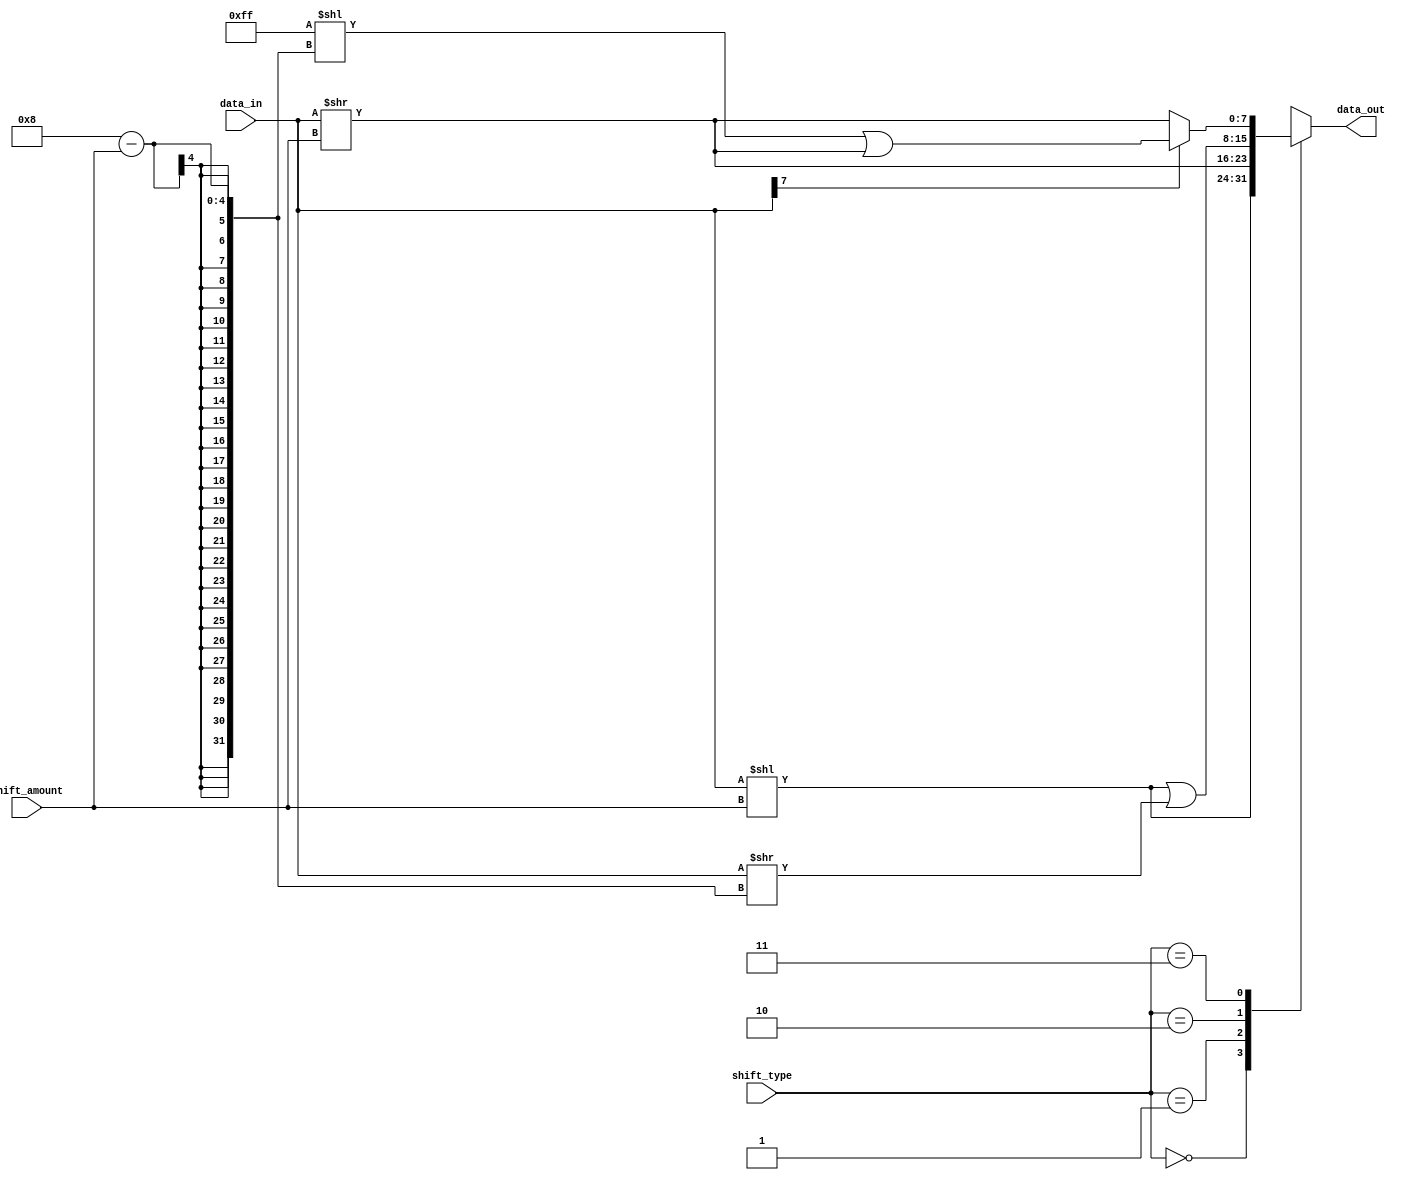
module hybrid_barrel_shifter (
    input [7:0] data_in,
    input [2:0] shift_amount,
    input [1:0] shift_type, // 00-Left, 01-Right, 10-Logical, 11-Arithmetic
    output reg [7:0] data_out
);

always @(*) begin
    case(shift_type)
        2'b00: data_out = data_in << shift_amount; // Left shift
        2'b01: data_out = data_in >> shift_amount; // Right shift
        2'b10: data_out = (data_in << shift_amount) | (data_in >> (8 - shift_amount)); // Logical shift
        2'b11: begin // Arithmetic shift
            if(data_in[7] == 0) begin
                data_out = data_in >> shift_amount;
            end else begin
                data_out = (8'hFF << (8 - shift_amount)) | (data_in >> shift_amount);
            end
        end
        default: data_out = data_in;
    endcase
end

endmodule